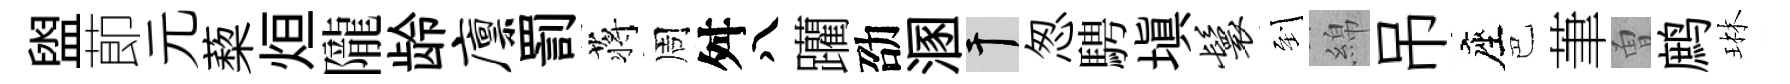
盥莭元蔾烜隴龄廪罰蒋周舛八躪劭溷干怱騁填鬟到綿吊座巴茟曽鹧琳